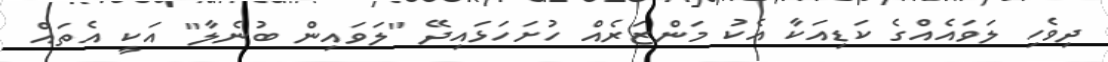
ދިވެހި ލަވައެއްގެ ކަޑިއަކާ އެކު މަންޒަރެއް ހުށަހަޅައިދޭ "ލަވައިން ބުނެލާ" އަކީ އެތައް